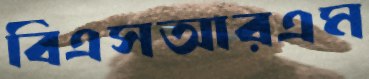
বিএসআরএম